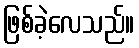
ဖြစ်ခဲ့လေသည်။